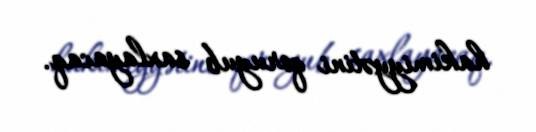
hakimiyyətini qoruyub saxlayacaq.